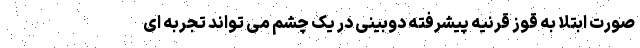
صورت ابتلا به قوز قرنیه پیشرفته دوبینی در یک چشم می تواند تجربه ای